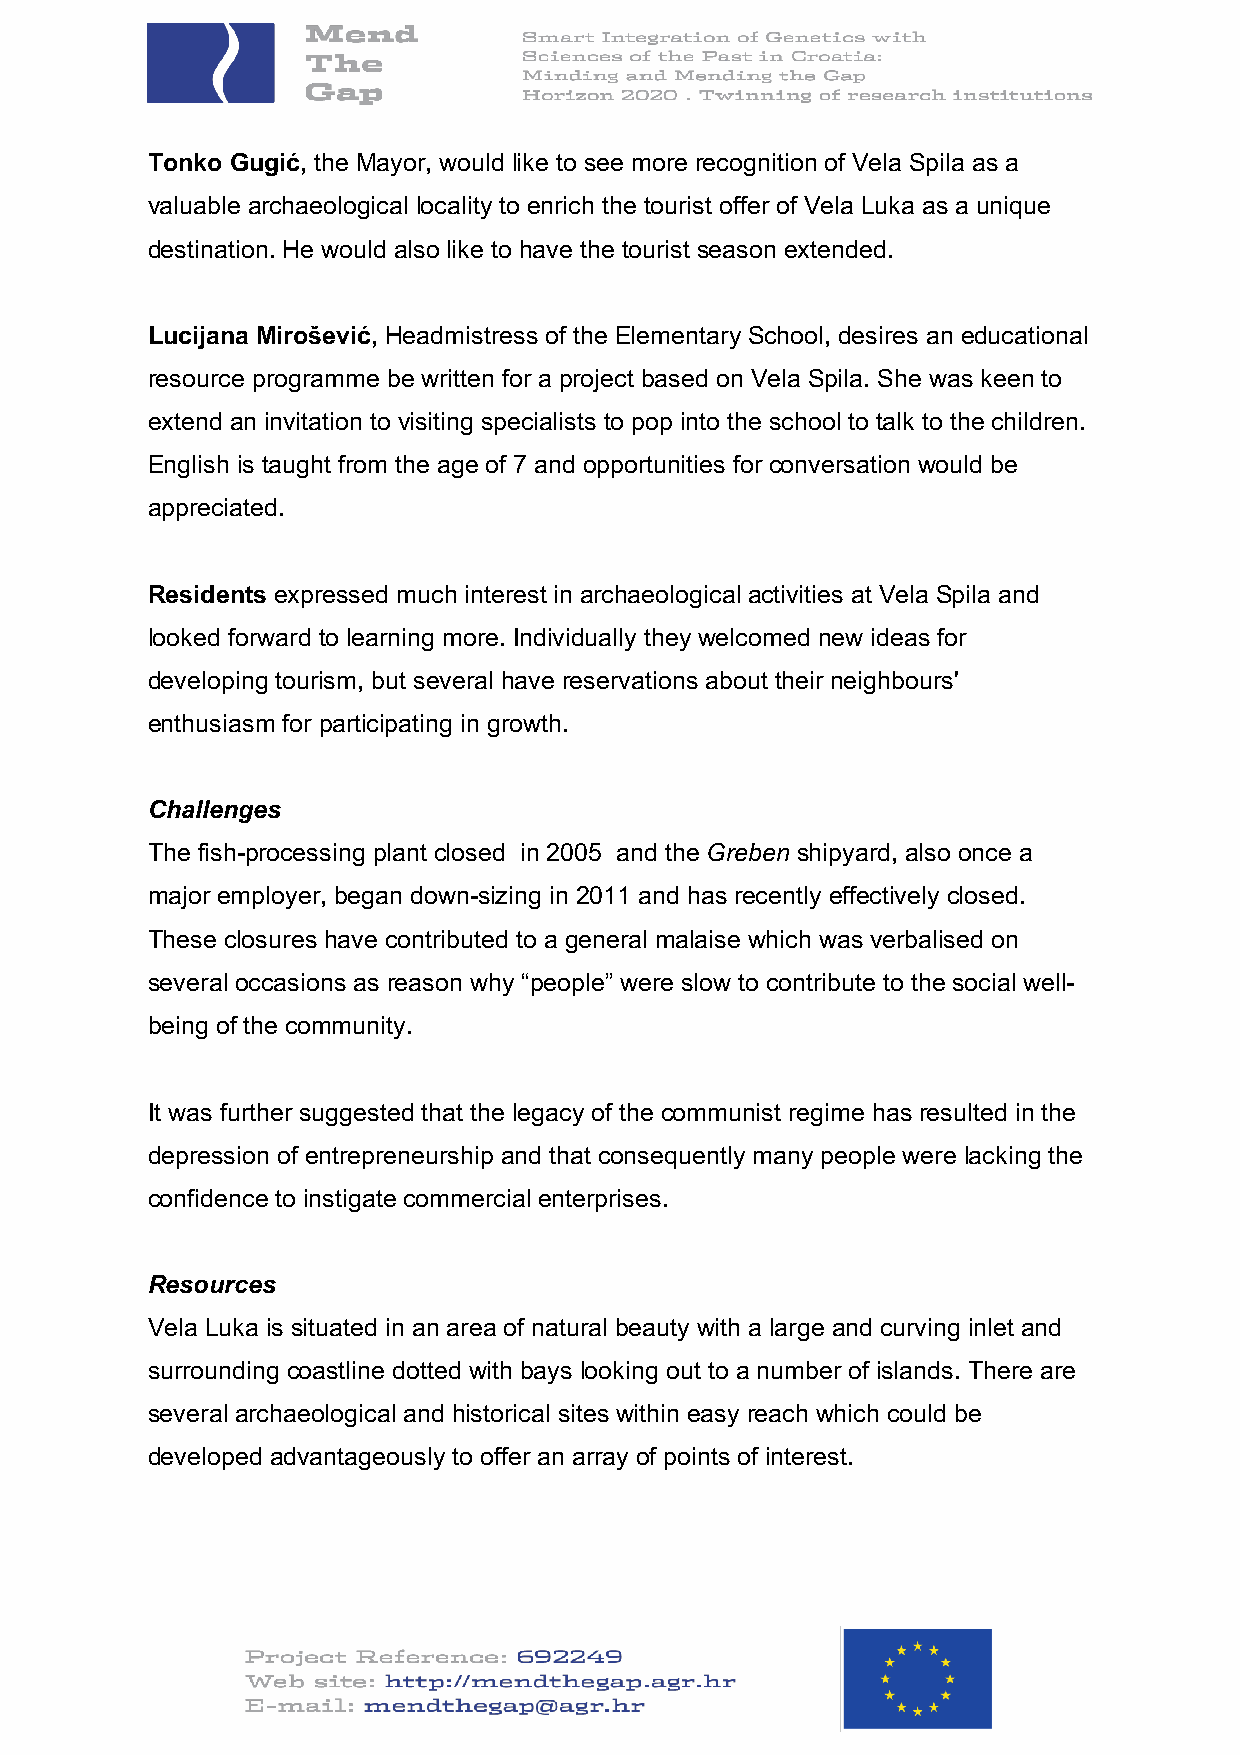
Tonko Gugić, the Mayor, would like to see more recognition of Vela Spila as a
 valuable archaeological locality to enrich the tourist offer of Vela Luka as a unique
 destination. He would also like to have the tourist season extended.
 Lucijana Mirošević, Headmistress of the Elementary School, desires an educational
 resource programme be written for a project based on Vela Spila. She was keen to
 extend an invitation to visiting specialists to pop into the school to talk to the children.
 English is taught from the age of 7 and opportunities for conversation would be
 appreciated.
 Residents expressed much interest in archaeological activities at Vela Spila and
 looked forward to learning more. Individually they welcomed new ideas for
 developing tourism, but several have reservations about their neighbours'
 enthusiasm for participating in growth.
 Challenges
 The fish-processing plant closed in 2005 and the Greben shipyard, also once a
 major employer, began down-sizing in 2011 and has recently effectively closed.
 These closures have contributed to a general malaise which was verbalised on
 several occasions as reason why “people” were slow to contribute to the social well-
 being of the community.
 It was further suggested that the legacy of the communist regime has resulted in the
 depression of entrepreneurship and that consequently many people were lacking the
 confidence to instigate commercial enterprises.
 Resources
 Vela Luka is situated in an area of natural beauty with a large and curving inlet and
 surrounding coastline dotted with bays looking out to a number of islands. There are
 several archaeological and historical sites within easy reach which could be
 developed advantageously to offer an array of points of interest.